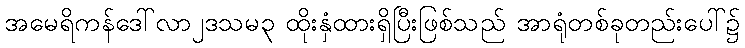
အမေရိကန်ဒေါ်လာ၂ဒသမ၃ ထိုးနှံထားရှိပြီးဖြစ်သည် အာရုံတစ်ခုတည်းပေါ်၌